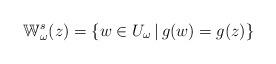
LaTeX: \begin{align*}\mathbb W^s_\omega(z)=\{w\in U_\omega\,|\, g(w)=g(z)\}\end{align*}